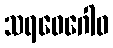
သရဝေဂေါဝ